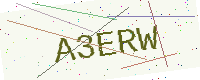
Text: A3ERW